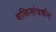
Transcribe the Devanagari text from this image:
शक्तिसंवर्धन